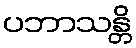
ပဘာသန္တိ